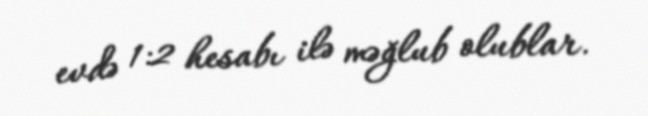
evdə 1:2 hesabı ilə məğlub olublar.